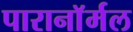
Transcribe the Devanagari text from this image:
पारानाॅर्मल